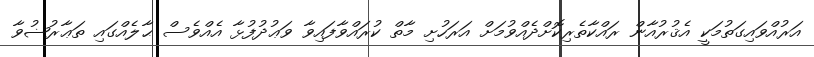
އަރުއްވައިގަތުމަކީ އެޤުރުއާން ރައްކާތެރިކޮށްދެއްވުމަށް އަރަހުށި މާތް ކުރައްވާފައިވާ ވަޢުދުފުޅާ އެއްވެސް ޙާލެއްގައި ތަޢާރުޟުވާ